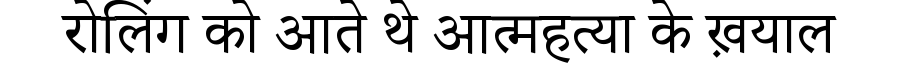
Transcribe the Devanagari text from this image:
रोलिंग को आते थे आत्महत्या के ख़याल